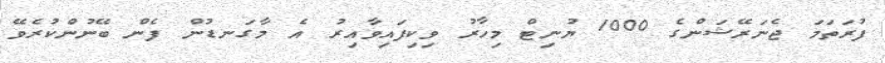
ފުރަތަމަ ޖެނަރޭޝަންގެ 1000 ޔުނިޓް މިހާރު ވިކިފައިވާއިރު އެ މާގަނޑުން ފެން ބޭނުންކުރެވޭ